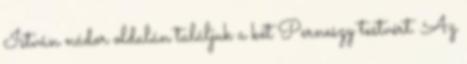
István nádor oldalán találjuk a két Perneszy testvért. Az